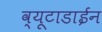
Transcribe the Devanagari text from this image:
व्यूटाडाईन